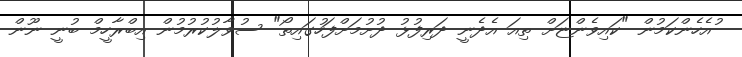
ުއެހެންކަމުން "ކައިވެންޏަށް ތިއަ އެދެނީ ދަރިފުޅު ދުށުމަށްފަހުގައިތޯ" ސުވާލުކުރުމުން އިބްރާހީމް ބުނީ ނޫން